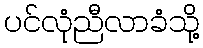
ပင်လုံညီလာခံသို့